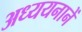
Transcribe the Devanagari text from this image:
अध्ययनानें